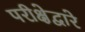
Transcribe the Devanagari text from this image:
परीक्षेद्वारे